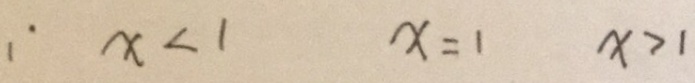
\because x < 1 x = 1 x > 1